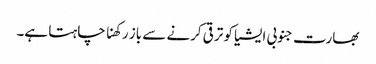
بھارت جنوبی ایشیا کو ترقی کرنے سے باز رکھنا چاہتا ہے۔